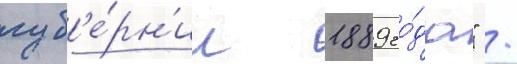
губ'е́рн'ии 1889 го́да" /